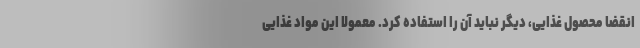
انقضا محصول غذایی، دیگر نباید آن را استفاده کرد. معمولا این مواد غذایی